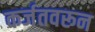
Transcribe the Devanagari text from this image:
कर्जतवरून